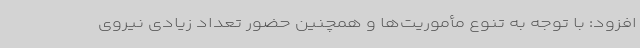
افزود: با توجه به تنوع مأموریت‌ها و همچنین حضور تعداد زیادی نیروی